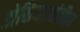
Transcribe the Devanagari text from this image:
डोळियाआंतील